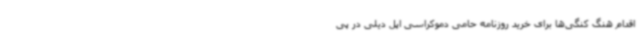
اقدام هنگ کنگی‌ها برای خرید روزنامه حامی دموکراسی اپل دیلی در پی